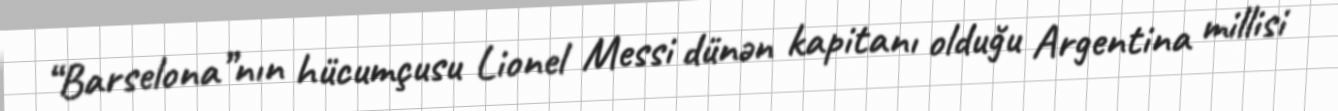
“Barselona”nın hücumçusu Lionel Messi dünən kapitanı olduğu Argentina millisi